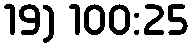
19) 100:25